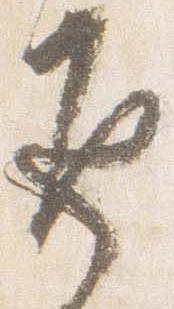
返